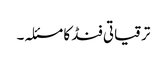
ترقیاتی فنڈ کا مسئلہ۔